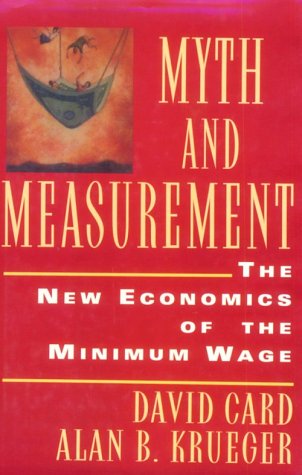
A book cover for Myth and Measurement; David Card; Business & Money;